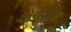
ધોળવીરા